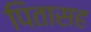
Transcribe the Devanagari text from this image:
पितासह